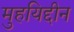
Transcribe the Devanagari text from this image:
मुहयिद्दीन